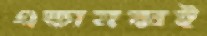
একানব্বই